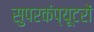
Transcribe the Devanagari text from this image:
सुपरकंप्यूटरों